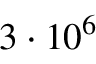
3 \cdot 1 0 ^ { 6 }